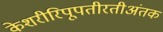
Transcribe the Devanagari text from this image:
केशरीरिपूपतीरतीअंतक